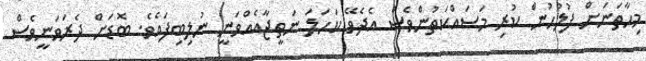
މިހާތަނަށް ފުލުހުން ކުރި މަސައްކަތުންވެސް އެދެވޭ ކަހަލަ ނަތީޖާއެއްވަނީ ނުލިބިފައެވެ. ބޮޑަށް ދެރަވަނީވެސް